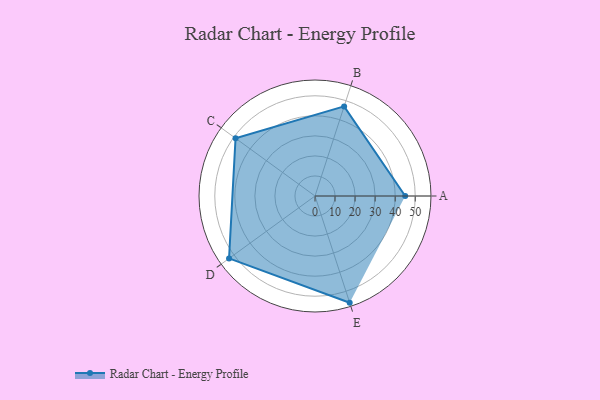
{"axis": {"x": "Skill", "y": "Score"}, "legend": ["Profile"], "data": [{"x": "A", "y": 45.0, "type": "Profile"}, {"x": "B", "y": 47.0, "type": "Profile"}, {"x": "C", "y": 49.0, "type": "Profile"}, {"x": "D", "y": 53.0, "type": "Profile"}, {"x": "E", "y": 56.0, "type": "Profile"}]}